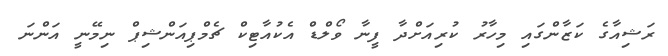
ރަޝިއާގެ ކަޒާންގައި މިހާރު ކުރިއަށްދާ ފީނާ ވޯލްޑް އެކުއާޓިކް ޗެމްޕިއަންޝިޕް ނިމޭނީ އަންނަ